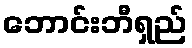
ဘောင်းဘီရှည်